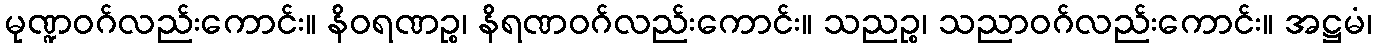
မုဏ္ဍဝဂ်လည်းကောင်း။ နိဝရဏဉ္စ၊ နိရဏဝဂ်လည်းကောင်း။ သညဉ္စ၊ သညာဝဂ်လည်းကောင်း။ အဋ္ဌမံ၊